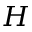
{ \cal H }